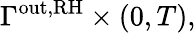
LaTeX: \Gamma^{\mathrm{out,RH}}\times(0,T),